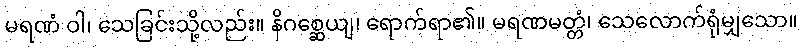
မရဏံ ဝါ၊ သေခြင်းသို့လည်း။ နိဂစ္ဆေယျ၊ ရောက်ရာ၏။ မရဏမတ္တံ၊ သေလောက်ရုံမျှသော။